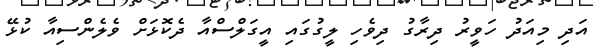
އަދި މިއަދު ހަވީރު ދިރާގު ދިވެހި ލީގުގައި އީގަލްސްއާ ދެކޮޅަށް ވެލެންސިއާ ކުޅޭ